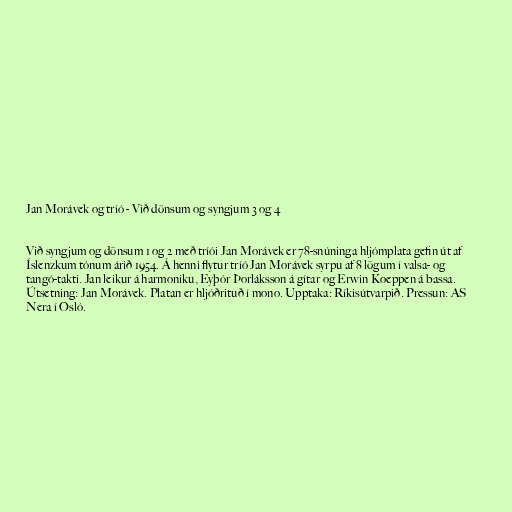
Jan Morávek og tríó - Við dönsum og syngjum 3 og 4

Við syngjum og dönsum 1 og 2 með tríói Jan Morávek er 78-snúninga hljómplata gefin út af
Íslenzkum tónum árið 1954. Á henni flytur tríó Jan Morávek syrpu af 8 lögum í valsa- og
tangó-takti. Jan leikur á harmoniku, Eyþór Þorláksson á gítar og Erwin Koeppen á bassa.
Útsetning: Jan Morávek. Platan er hljóðrituð í mono. Upptaka: Ríkisútvarpið. Pressun: AS
Nera í Osló.